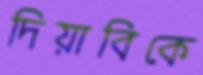
দিয়াবিকে